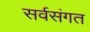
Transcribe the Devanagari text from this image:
सर्वसंगत